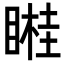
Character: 𥉯